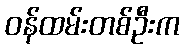
ဝန်ထမ်းတစ်ဦးက